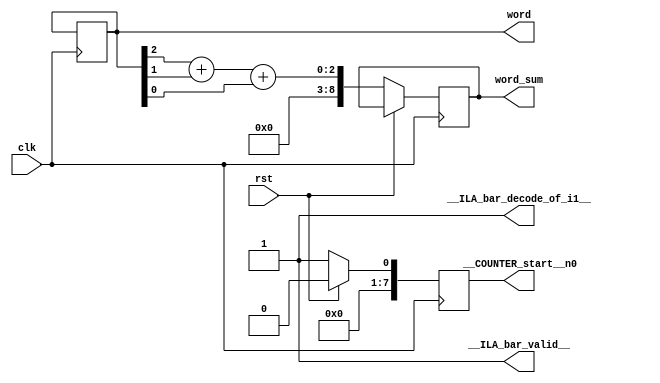
module bar__DOT__i1(
clk,
rst,
__ILA_bar_decode_of_i1__,
__ILA_bar_valid__,
word,
word_sum,
__COUNTER_start__n0
);
input            clk;
input            rst;
output            __ILA_bar_decode_of_i1__;
output            __ILA_bar_valid__;
output reg      [8:0] word;
output reg      [8:0] word_sum;
output reg      [7:0] __COUNTER_start__n0;
wire            __ILA_bar_decode_of_i1__;
wire            __ILA_bar_valid__;
wire      [7:0] bv_8_0_n1;
wire            clk;
wire            n2;
wire      [8:0] n3;
wire            n4;
wire      [8:0] n5;
wire      [8:0] n6;
wire            n7;
wire      [8:0] n8;
wire      [8:0] n9;
wire            rst;
assign __ILA_bar_valid__ = 1'b1 ;
assign __ILA_bar_decode_of_i1__ = 1'b1 ;
assign bv_8_0_n1 = 8'h0 ;
assign n2 = word[2:2] ;
assign n3 =  { ( bv_8_0_n1 ) , ( n2 ) }  ;
assign n4 = word[1:1] ;
assign n5 =  { ( bv_8_0_n1 ) , ( n4 ) }  ;
assign n6 =  ( n3 ) + ( n5 )  ;
assign n7 = word[0:0] ;
assign n8 =  { ( bv_8_0_n1 ) , ( n7 ) }  ;
assign n9 =  ( n6 ) + ( n8 )  ;
always @(posedge clk) begin
   if(rst) begin
       __COUNTER_start__n0 <= 0;
   end
   else if(__ILA_bar_valid__) begin
       if ( __ILA_bar_decode_of_i1__ ) begin 
           __COUNTER_start__n0 <= 1; end
       else if( (__COUNTER_start__n0 >= 1 ) && ( __COUNTER_start__n0 < 255 )) begin
           __COUNTER_start__n0 <= __COUNTER_start__n0 + 1; end
       if (__ILA_bar_decode_of_i1__) begin
           word <= word ;
       end
       if (__ILA_bar_decode_of_i1__) begin
           word_sum <= n9 ;
       end
   end
end
endmodule